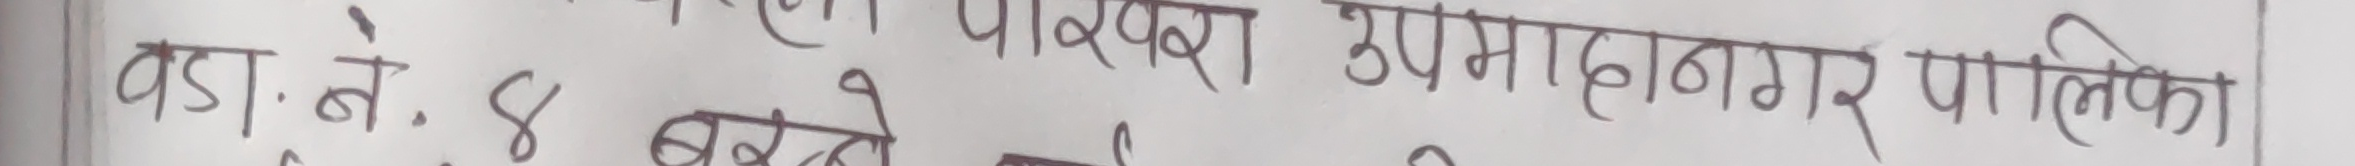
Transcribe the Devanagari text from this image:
वडा . ने. ४ बर्खे उपमहानगर पालिका